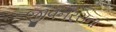
જીવનરસના